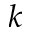
k